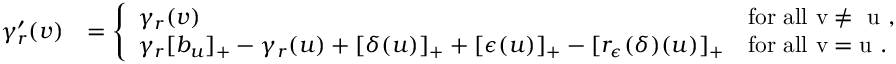
\begin{array} { r l } { \gamma _ { r } ^ { \prime } ( v ) } & { = \left\{ \begin{array} { l l } { \gamma _ { r } ( v ) } & { \mathrm { f o r ~ a l l ~ v \neq ~ u ~ } , } \\ { \gamma _ { r } [ b _ { u } ] _ { + } - \gamma _ { r } ( u ) + [ \delta ( u ) ] _ { + } + [ { \epsilon } ( u ) ] _ { + } - [ r _ { \epsilon } ( \delta ) ( u ) ] _ { + } } & { \mathrm { f o r ~ a l l ~ v = u ~ } . } \end{array} \right. } \end{array}